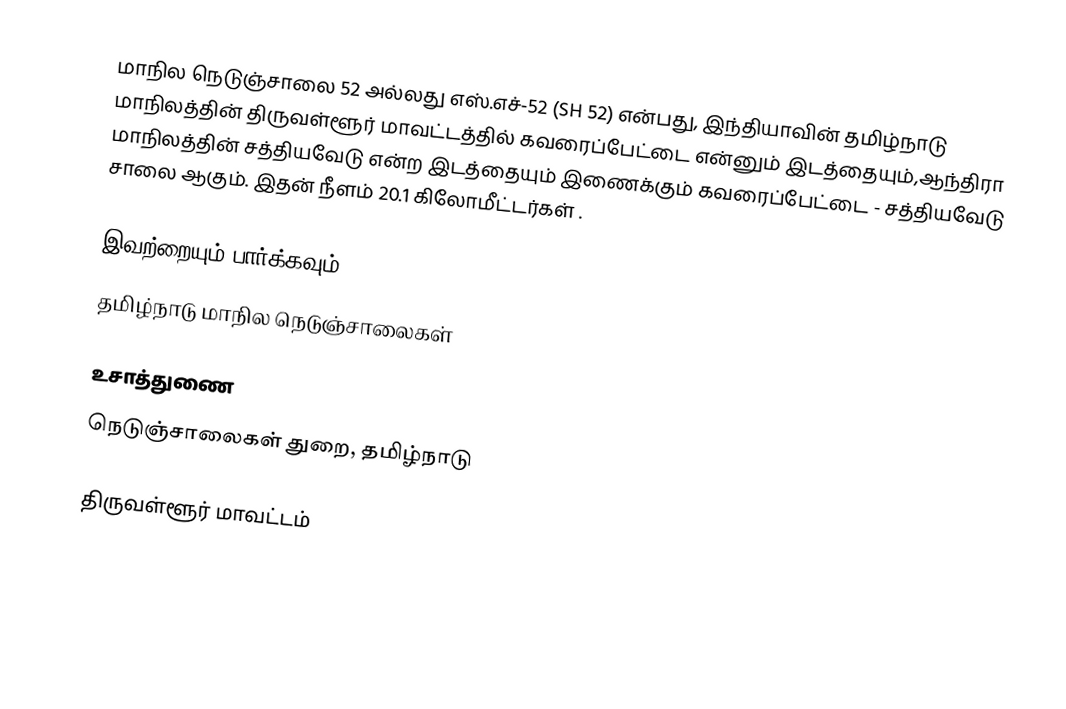
மாநில நெடுஞ்சாலை 52 அல்லது எஸ்.எச்-52 (SH 52) என்பது, இந்தியாவின் தமிழ்நாடு மாநிலத்தின் திருவள்ளூர் மாவட்டத்தில் கவரைப்பேட்டை  என்னும் இடத்தையும்,ஆந்திரா மாநிலத்தின் சத்தியவேடு என்ற இடத்தையும் இணைக்கும் கவரைப்பேட்டை - சத்தியவேடு சாலை ஆகும். இதன் நீளம் 20.1 கிலோமீட்டர்கள் .

இவற்றையும் பார்க்கவும்
 தமிழ்நாடு மாநில நெடுஞ்சாலைகள்

உசாத்துணை
 நெடுஞ்சாலைகள் துறை, தமிழ்நாடு

திருவள்ளூர் மாவட்டம்